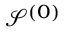
\mathcal { S } ^ { ( 0 ) }